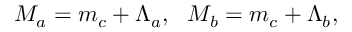
M _ { a } = m _ { c } + \Lambda _ { a } , \, \, \, \, M _ { b } = m _ { c } + \Lambda _ { b } ,